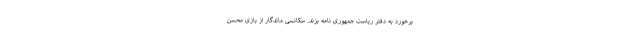
برخورد به دفتر ریاست جمهوری نامه بزند. سکانسی ماندگار از بازی محسن